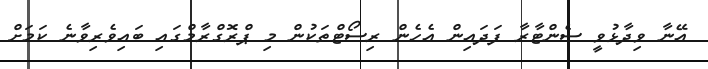
އޭނާ ވިދާޅުވީ ސެންޓާރާ ފަދައިން އެހެން ރިސޯޓްތަކުން މި ޕްރޮގްރާމްގައި ބައިވެރިވާނެ ކަމަށް